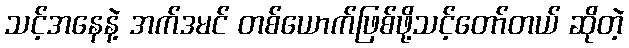
သင့်အနေနဲ့ အက်ဒမင် တစ်ယောက်ဖြစ်ဖို့သင့်တော်တယ် ဆိုတဲ့